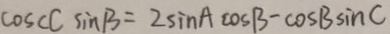
\cos c C \sin B = 2 \sin A \cos B = \cos B \sin C